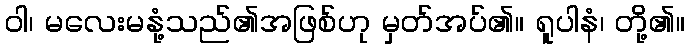
ဝါ၊ မလေးမနုံ့သည်၏အဖြစ်ဟု မှတ်အပ်၏။ ရူပါနံ၊ တို့၏။